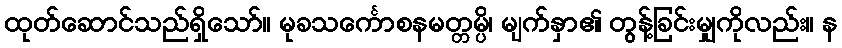
ထုတ်ဆောင်သည်ရှိသော်။ မုခသင်္ကောစနမတ္တမ္ပိ၊ မျက်နှာ၏ တွန့်ခြင်းမျှကိုလည်း။ န